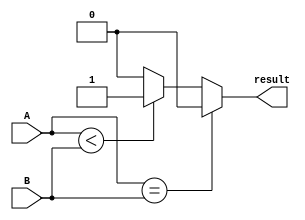
module comparator(
    input [15:0] A,
    input [15:0] B,
    output reg result
);

reg [15:0] equal;
wire [15:0] less_than;
wire [15:0] greater_than;

assign equal = (A == B);
assign less_than = (A < B);
assign greater_than = (A > B);

always @(*) begin
    if (equal == 1'b1) begin
        result = 1'b0; // A is equal to B
    end else if (less_than == 1'b1) begin
        result = 1'b1; // A is less than B
    end else begin
        result = 1'b0; // A is greater than B
    end
end

endmodule